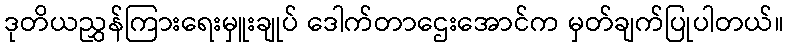
ဒုတိယညွှန်ကြားရေးမှူးချုပ် ဒေါက်တာဌေးအောင်က မှတ်ချက်ပြုပါတယ်။